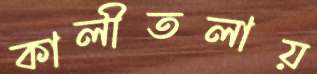
কালীতলায়